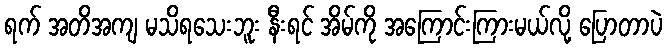
ရက် အတိအကျ မသိရသေးဘူး နီးရင် အိမ်ကို အကြောင်းကြားမယ်လို့ ပြောတာပဲ